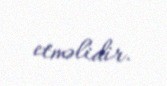
etməlidir.